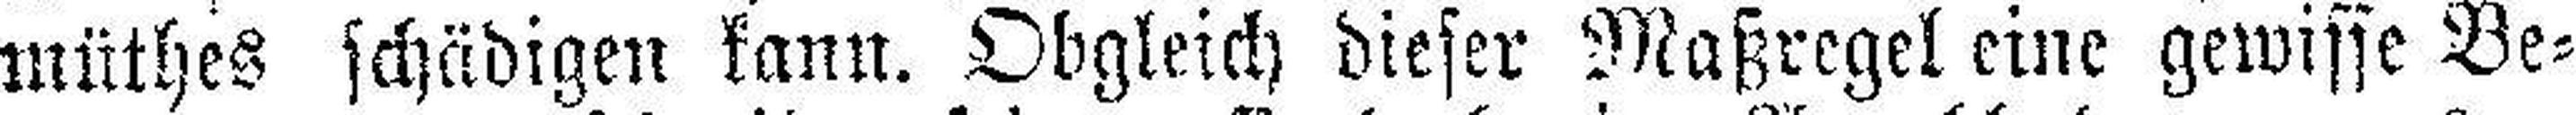
müthes schädigen kann. Obgleich dieser Maßregel eine gewisse Be¬